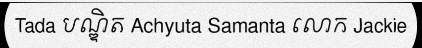
Tada បណ្ឌិត Achyuta Samanta លោក Jackie